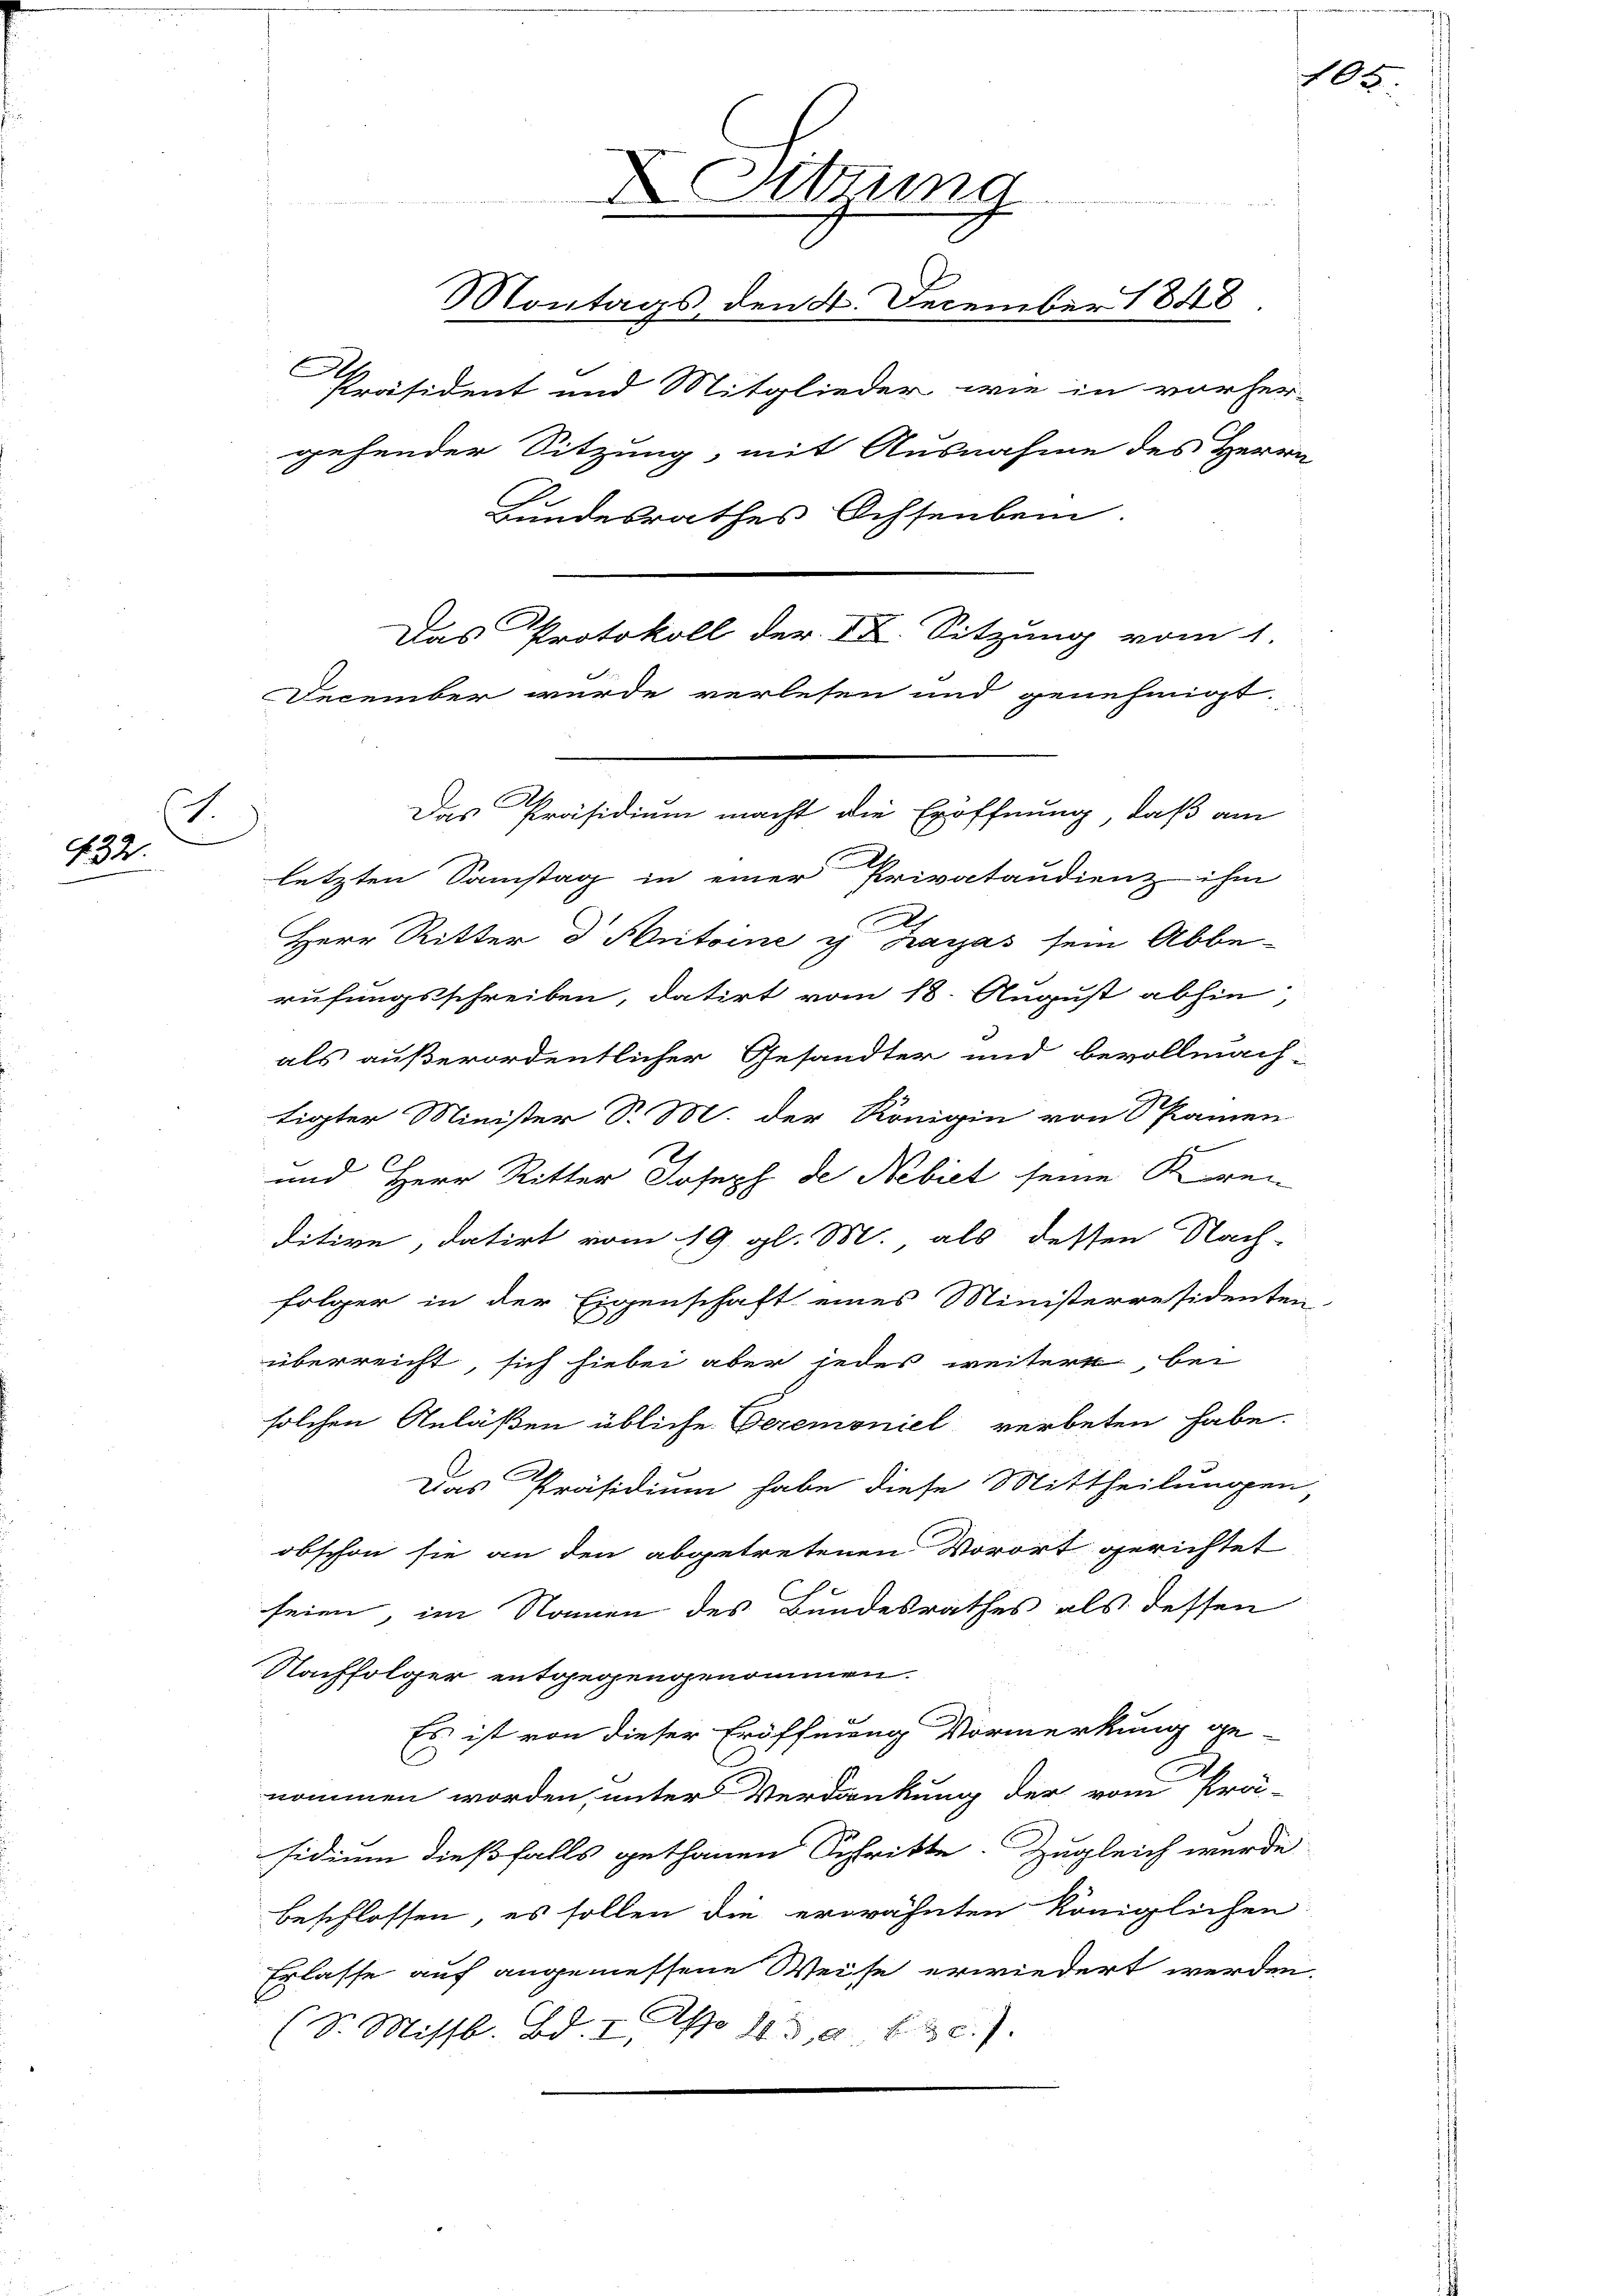
ich
§ 32.

Herr Ritter d Antoine u Karas sein Abbe-
rufungsschreiben, datirt vom 18. August abhin
als außerordentlicher Gesandter und bevollmach-
tigter Minister S. M. der Königin von Samen
und Herr Ritter Joseph de Nebiet seine Krei
ditive, datirt vom 19. gl. M. als dessen Nach-
folger in der Eigenschaft eines Ministerresidenten.
überreicht, sich hiebei aber jedes weitere bei
solchen Anläßen übliche Geremoniel verbeten habe.
Das Präsidium habe diese Mittheilungen
obschon sie an den abgetretenen Vorort gerichtet
seien, im Namen des Bundesrathes als dessen
Nachfolger entgegengenommen.
Es ist von dieser Eröffnung Vormerkung ge-
nommen worden, unter Verdankung der vom Prä-
sidium dießfalls gethanen Schritte. Zugleich wurde
beschlossen, es sollen die erwähnten Königlichen
Erlasse auf angemessene Weise erwiedert werden.
C.
(S. Missb. Bd. I, No 103, a fac.).

Sitzung
Montags den 8. December 1848.
Ah
Präsident und Mitglieder wie in vorher-
gehender Sitzung, mit Ausnahme des Herrn
Bundesrathes Ochsenbein.
Das Protokoll der IX. Sitzung vom 1.
December wurde verlesen und genehmigt.
Das Präsidium macht die Eröffnung, daß am
letzten Samstag in einer Privataudienz ihm

105.